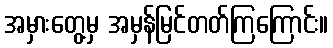
အမှားတွေ့မှ အမှန်မြင်တတ်ကြကြောင်း။